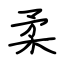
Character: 柔